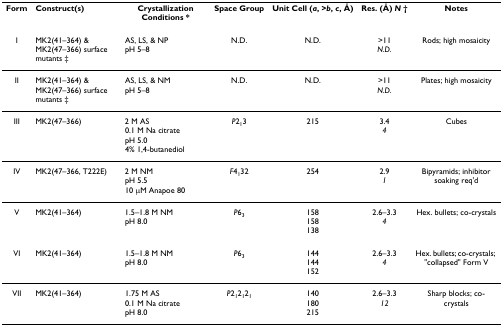
<table><thead><tr><td><b>Form</b></td><td><b>Construct(s)</b></td><td><b>Crystallization Conditions *</b></td><td><b>Space Group</b></td><td><b>Unit Cell (<i>a</i>, &gt;<i>b</i>, <i>c</i>, Å)</b></td><td><b>Res. (Å) <i>N </i>†</b></td><td><b>Notes</b></td></tr></thead><tbody><tr><td>I</td><td>MK2(41–364) &amp; MK2(47–366) surface mutants ‡</td><td>AS, LS, &amp; NPpH 5–8</td><td>N.D.</td><td>N.D.</td><td>&gt;11<i>N.D.</i></td><td>Rods; high mosaicity</td></tr><tr><td>II</td><td>MK2(41–364) &amp; MK2(47–366) surface mutants ‡</td><td>AS, LS, &amp; NMpH 5–8</td><td>N.D.</td><td>N.D.</td><td>&gt;11<i>N.D.</i></td><td>Plates; high mosaicity</td></tr><tr><td>III</td><td>MK2(47–366)</td><td>2 M AS0.1 M Na citratepH 5.04% 1,4-butanediol</td><td><i>P</i>2<sub>1</sub>3</td><td>215</td><td>3.4<i>4</i></td><td>Cubes</td></tr><tr><td>IV</td><td>MK2(47–366, T222E)</td><td>2 M NMpH 5.510 μM Anapoe 80</td><td><i>F</i>4<sub>1</sub>32</td><td>254</td><td>2.9<i>1</i></td><td>Bipyramids; inhibitor soaking req&#x27;d</td></tr><tr><td>V</td><td>MK2(41–364)</td><td>1.5–1.8 M NMpH 8.0</td><td><i>P</i>6<sub>3</sub></td><td>158158138</td><td>2.6–3.3<i>4</i></td><td>Hex. bullets; co-crystals</td></tr><tr><td>VI</td><td>MK2(41–364)</td><td>1.5–1.8 M NMpH 8.0</td><td><i>P</i>6<sub>3</sub></td><td>144144152</td><td>2.6–3.3<i>4</i></td><td>Hex. bullets; co-crystals; &quot;collapsed&quot; Form V</td></tr><tr><td>VII</td><td>MK2(41–364)</td><td>1.75 M AS0.1 M Na citratepH 8.0</td><td><i>P</i>2<sub>1</sub>2<sub>1</sub>2<sub>1</sub></td><td>140180215</td><td>2.6–3.3<i>12</i></td><td>Sharp blocks; co-crystals</td></tr></tbody></table>